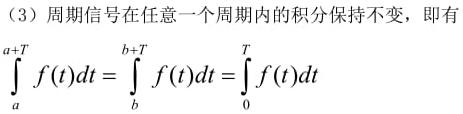
（3）周期信号在任意一个周期内的积分保持不变，即有
\[
\int_{a}^{a + T} f(t)dt = \int_{b}^{b + T} f(t)dt = \int_{0}^{T} f(t)dt
\]